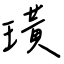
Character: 璜